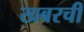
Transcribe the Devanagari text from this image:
खबरची